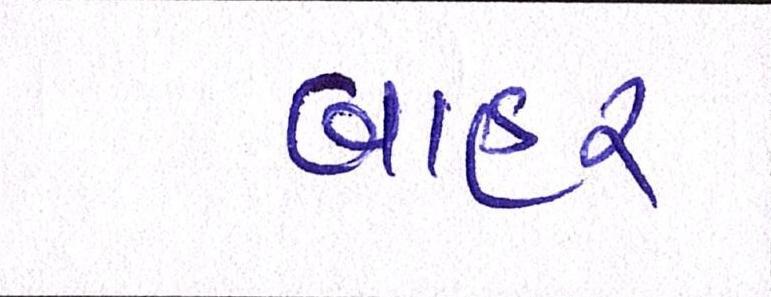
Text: બાહર